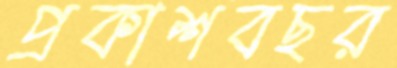
প্রকাশবছর